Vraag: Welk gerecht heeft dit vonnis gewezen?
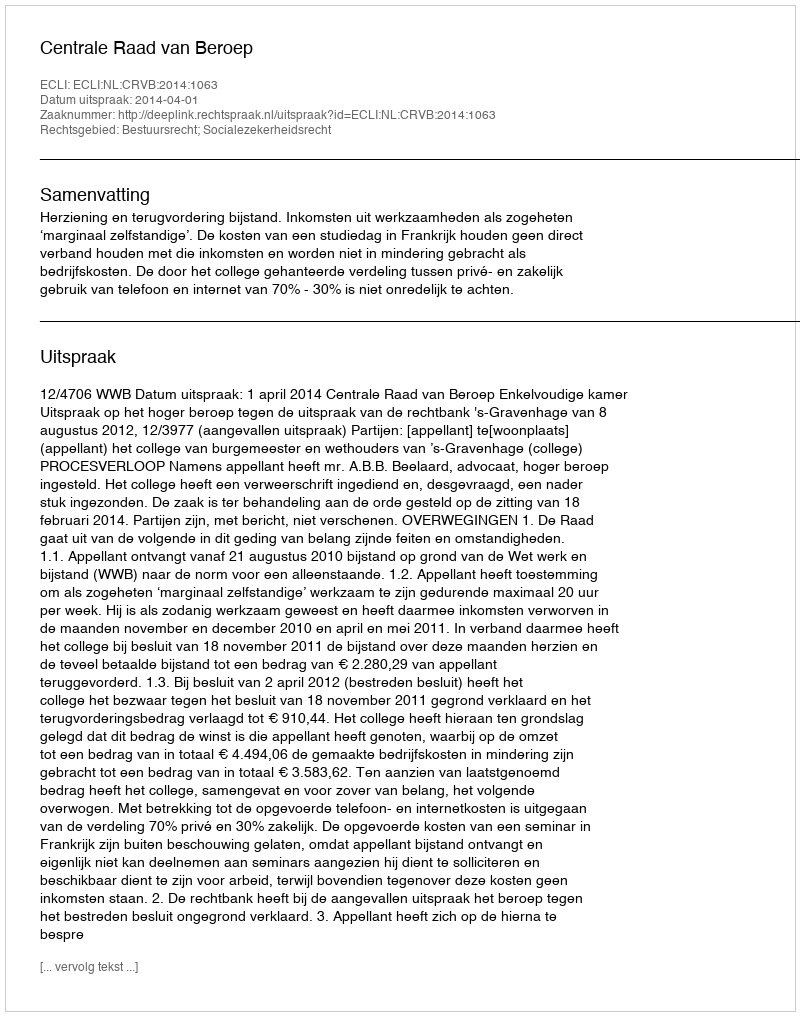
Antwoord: Centrale Raad van Beroep